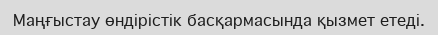
Маңғыстау өндірістік басқармасында қызмет етеді.